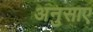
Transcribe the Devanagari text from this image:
अनुसाए